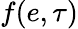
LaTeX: f(e,\tau)